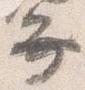
弁